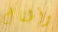
وأطفال